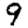
Digit: 9